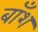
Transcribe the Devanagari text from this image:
बाँश